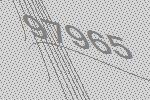
97965